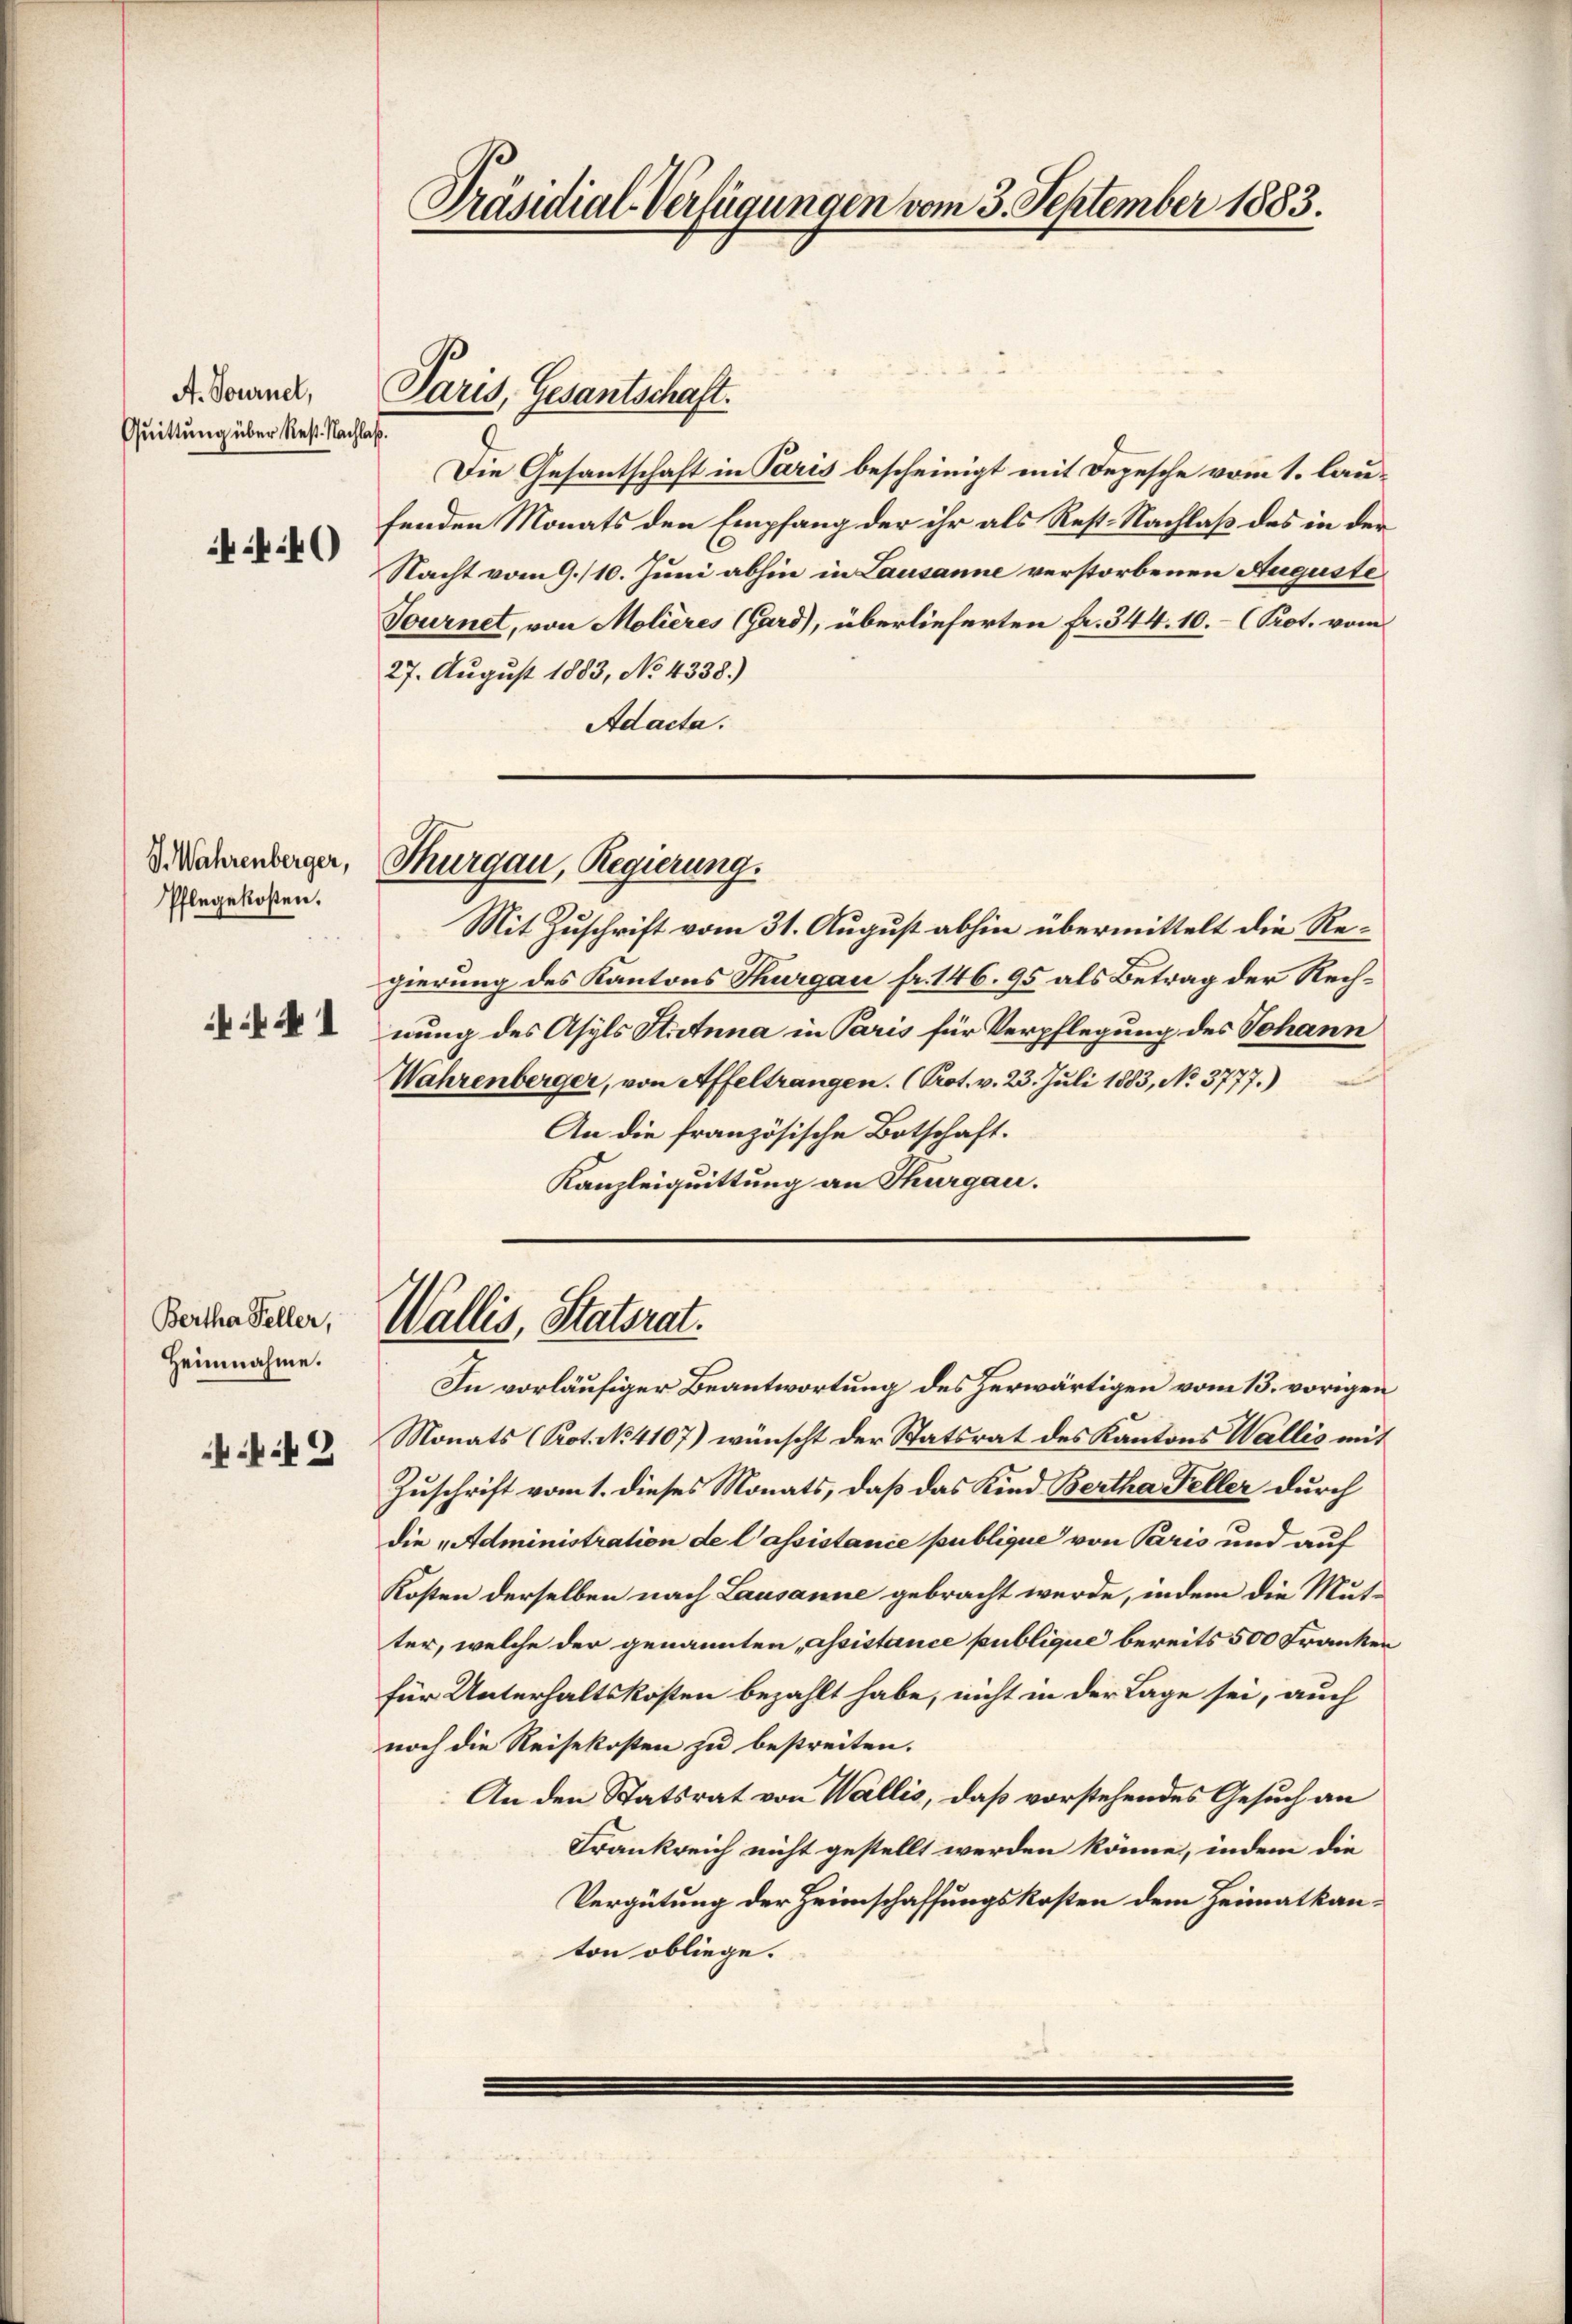
A. Tournel,
Quittung über Rest. Nachlaß.

4

V. Wahrenberger,
Pflegekosten.

N 1

Bertha Feller,
Heinnahme.

42

t

Präsidial-Verfügungen vom 3. September 1883.

Paris, Gesantschaft.

Die Gesantschaft in Paris bescheinigt mit Depesche vom 1. laufenden Monats den Empfang der ihr als Rest. Nachlaß des in der
Nacht vom 9./10. Juni abhin in Lausanne verstorbenen Auguste
Tournet, von Molières (Gard), überlieferten fr. 344. 10.- (Prot. vom
27. August 1883, No 4338.)
Adacta.
Thurgau, Regierung.
Mit Zuschrift vom 31. August abhin übermittelt die Regierung des Kantons Thurgau fr. 146. 95 als Betrag der Rechnung des Asyls Stietnna in Paris für Verpflegung des Johann
Wahrenberger, von Affeltrangen. (Prot. v. 23. Juli 1883, No. 3777.)
An die französische Botschaft.
Kanzleiquittung an Thurgau.

Wallis, Statsrat.

In vorläufiger Beantwortung des herwärtigen vom 13. vorigen
Monats (Prot. No 4107) wünscht der Statsrat des Kantons Wallis mit
Zuschrift vom 1. dieses Monats, daß das Kind Bertha Feller durch
die „Administration de l’assistance publique von Paris und auf
Kosten derselben nach Lausanne gebracht werde, indem die Mut-
ter, welche der genannten „assistance publique bereits 500 Franken
für Unterhaltskosten bezahlt habe, nicht in der Lage sei, auch
noch die Reisekosten zu bestreiten.
An den Statsrat von Wallis, daß vorstehendes Gesuch an
Frankreich nicht gestellt werden könne, indem die
Vergütung der Heimschaffungskosten dem Heimatkanton obliege.